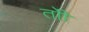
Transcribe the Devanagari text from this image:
तोी